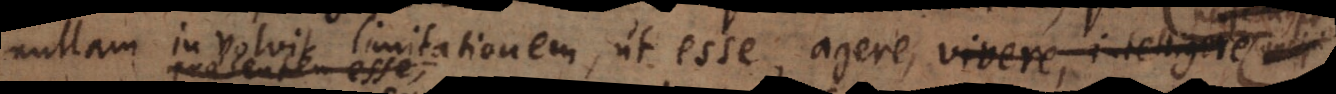
nullam involvit limitationem, ut esse, agere, vivere,